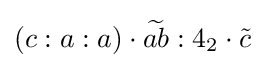
(c:a:a)\cdot {\widetilde {ab}}:4_{2}\cdot {\tilde {c}}